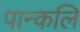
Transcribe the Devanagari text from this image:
पान्कलि